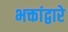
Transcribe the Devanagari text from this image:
भक्तांद्वारे